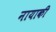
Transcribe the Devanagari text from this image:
नायाकी